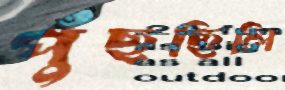
পুঁছছিলি